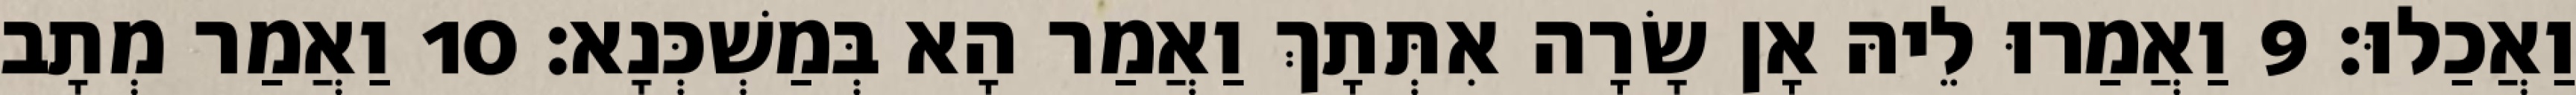
וַאֲכַלוּ׃ 9 וַאֲמַרוּ לֵיהּ אָן שָׂרָה אִתְּתָךְ וַאֲמַר הָא בְּמַשְׁכְּנָא׃ 10 וַאֲמַר מְתָב